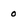
Character: o